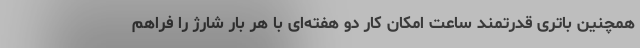
همچنین باتری قدرتمند ساعت امکان کار دو هفته‌ای با هر بار شارژ را فراهم